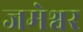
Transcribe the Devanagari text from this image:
जमेश्वर